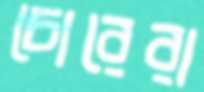
চোরেরা